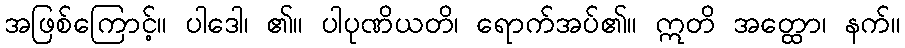
အဖြစ်ကြောင့်။ ပါဒေါ၊ ၏။ ပါပုဏိယတိ၊ ရောက်အပ်၏။ ဣတိ အတ္ထော၊ နက်။